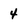
Character: 4